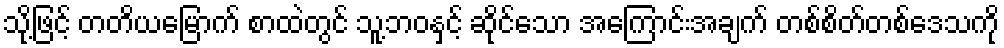
သို့ဖြင့် တတိယမြောက် စာထဲတွင် သူ့ဘဝနှင့် ဆိုင်သော အကြောင်းအချက် တစ်စိတ်တစ်ဒေသကို